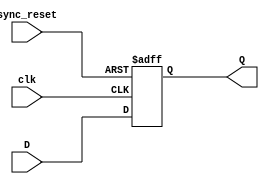
module D_ff_AR(D,clk,sync_reset,Q);
input D;  
input clk;  
input sync_reset;  
output reg Q; 
always @(posedge clk,negedge sync_reset) 
begin
 if(sync_reset==0)
  Q <= 1'b0; 
 else 
  Q <= D; 
end 
endmodule